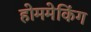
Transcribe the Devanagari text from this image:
होममेकिंग